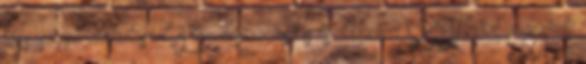
társasággá alakulásról. A törvénymódosítás tisztázza a SZIT által végezhető